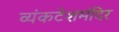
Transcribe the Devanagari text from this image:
व्यंकटेशमंदिर